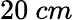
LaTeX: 20~cm